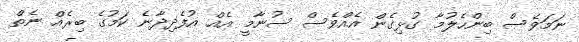
ނަމަވެސް ބިންހެލުމާ ގުޅިގެން އެއްވެސް ސުނާމީ އެއް އުފެދިދާނެ ކަމުގެ ބިރެއް ނެތް